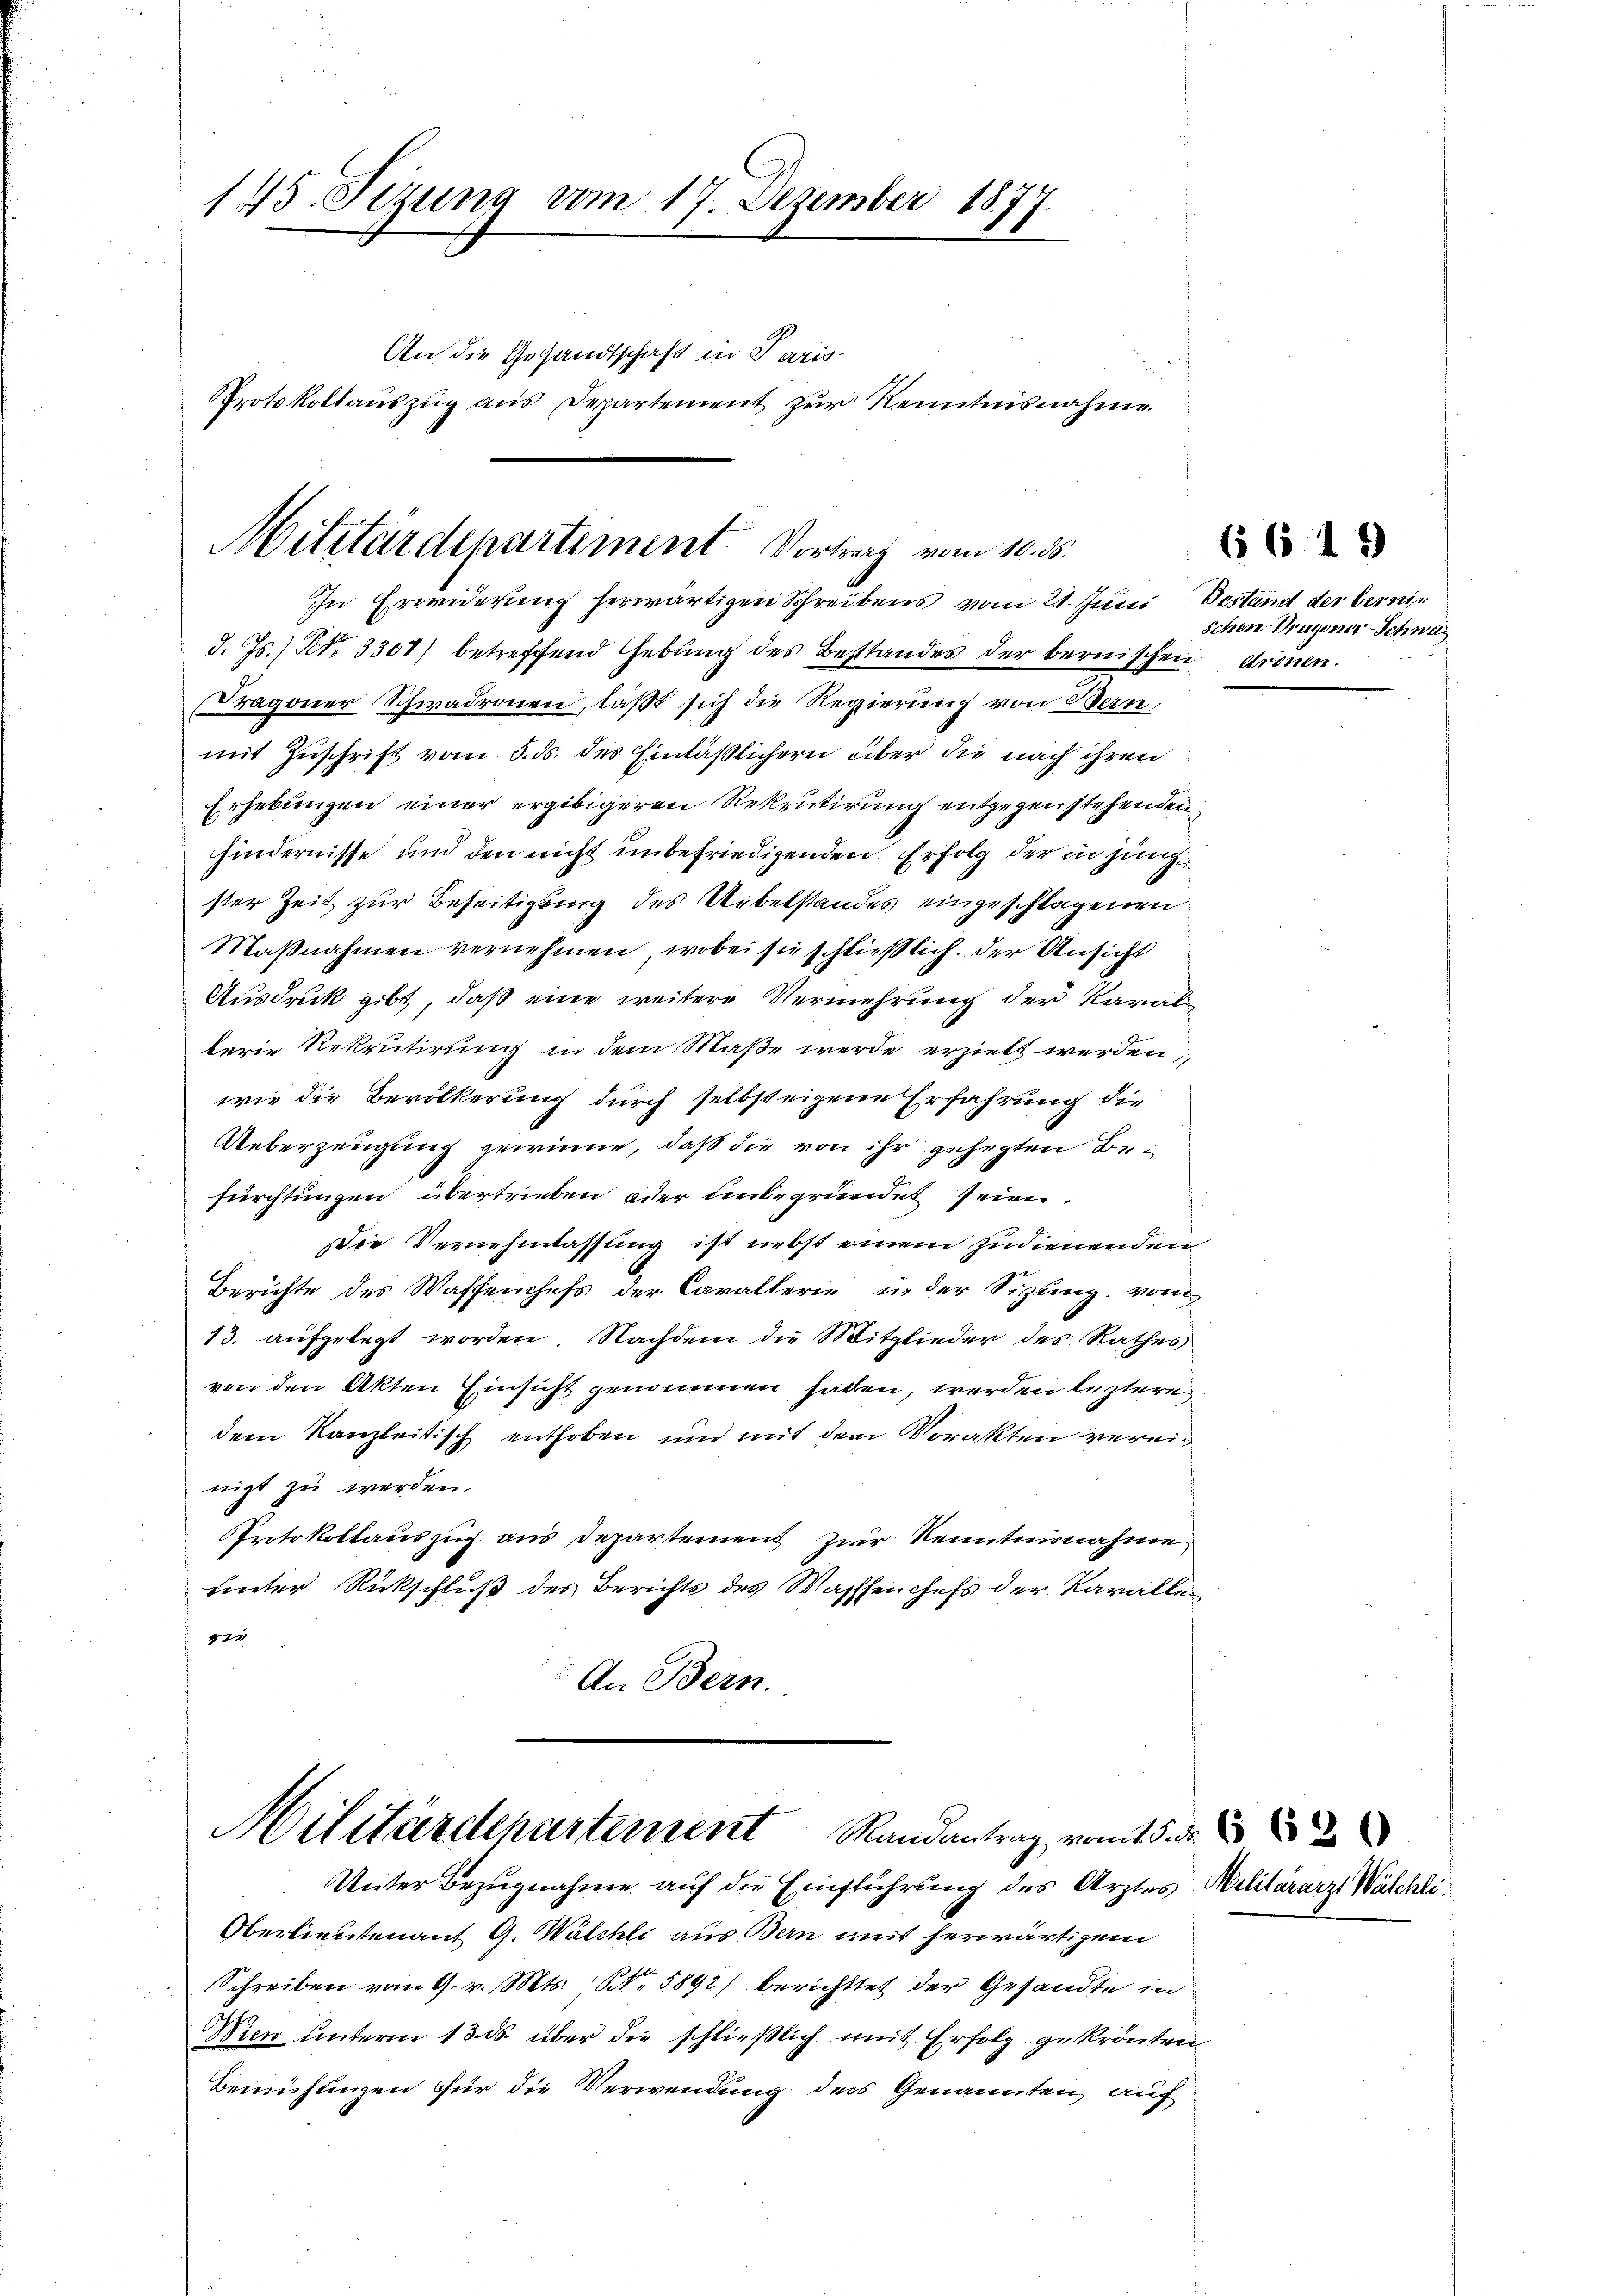
145. Sezung vom 17. Dezember 1877.
An die Gesandtschaft in Paris
Protokollauszug aus Departement zur Kenntnisnahme

Militärdepartiment Vortrag vom 10. ds.
In Erwiderung herwärtigen Schreibens vom 21. Juni Bestand der berni¬

d. Js.) Kt. 3301) betreffend Gebung des Bestandes der bernischen dronen.
Dragoner Schwadronen, läßt sich die Regierung von Bern,
mit Zuschrift vom 5. ds. des Einläßlichern über die nach ihren
Erhebungen einer ergibigeren Rekrutirung entgegen stehenden
hindernisse und den nicht unbefriedigenden Erfolg der in jung
ster Zeit zur Beseitigung des Uebelstandes eingeschlagenen
Maβnahmen vernehmen, wobei sie schließlich. Der Ansicht
Ausdruck gibt, daß eine weitere Vermehrung der Karallerie Rekrutirung in dem Maße werde erzielt werden,
wie die Bevölkerung durch selbst eigene Erfahrung die
Ueberzeugung gewinne, daß die von ihr gehegten Befürchtungen übertrieben oder unbegründet seien.
Die Vernehmlassung ist nebst einem zudienenden
Berichte des Waffenchefs der Cavallerie in der Sitzung, vom
13. aufgelegt worden. Nachdem die Mitglieder des Rathes
von den Akten Einsicht genommen haben, werden leztere
dem Kanzleitisch enthoben und mit dem Vorakten vereinigt zu werden.
Protokollauszug aus Departement zur Kenntnisnahme
uinter Rückschluß des Berichts des Wassenchefs der Karalle¬
 |
An Bern.

Militärdepartement Randantrag vom 15.
Unter Bezugnahme auf die Einführung des Arztes Militärarzt Wäschli

Oberlieutenant G. Walchli aus Bern mit herwärtigen
Schreiben vom 9. v. Mts. (S. 5892) berichttet der Gesandte in
Wien unterm 13. ds. über die schließlich mit Erfolg gekrönten
Bemühungen für die Verwendung der Genannten, auf

6619

schen Bruyoner-Schnas

§ 662 x